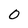
Character: 0